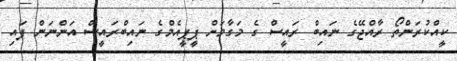
ކީއްކުރަންތޯ ރާއްޖޭގެ ނައިބް ރައީސް ގެ މަގާމަށް ޕީޕީއެމްގެ ނައިބްރައީސް އަންނަން ފައި